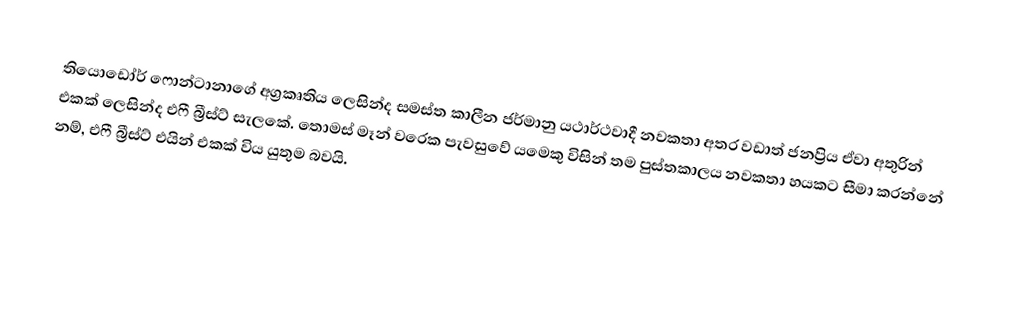
තියොඩෝර් ෆොන්ටානාගේ   අග්‍රකෘතිය ලෙසින්ද සමස්ත කාලීන ජර්මානු යථාර්ථවාදී නවකතා අතර  වඩාත් ජනප්‍රිය ඒවා අතුරින් එකක් ලෙසින්ද එෆී බ්‍රීස්ට් සැලකේ. තොමස් මෑන් වරෙක පැවසුවේ යමෙකු විසින් තම  පුස්තකාලය නවකතා හයකට සීමා කරන්නේ නම්, එෆී බ්‍රීස්ට් එයින් එකක් විය යුතුම බවයි.